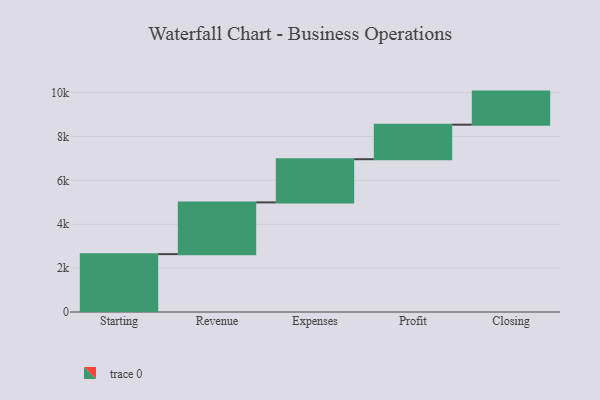
{"axis": {"x": "Step", "y": "Value"}, "legend": [""], "data": [{"x": "Starting", "y": 2638.0, "type": ""}, {"x": "Revenue", "y": 2360.0, "type": ""}, {"x": "Expenses", "y": 1969.0, "type": ""}, {"x": "Profit", "y": 1574.0, "type": ""}, {"x": "Closing", "y": 1508.0, "type": ""}]}